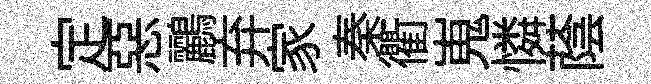
定惡鸝弃家秦衢嵬憐蔭